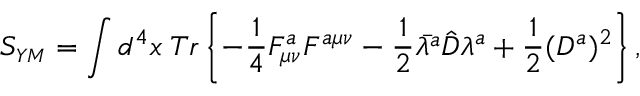
S _ { \scriptscriptstyle Y M } = \int d ^ { 4 } x \; T r \left\{ - \frac { 1 } { 4 } F _ { \mu \nu } ^ { a } F ^ { a \mu \nu } - \frac { 1 } { 2 } \bar { \lambda ^ { a } } \hat { D } \lambda ^ { a } + \frac { 1 } { 2 } ( D ^ { a } ) ^ { 2 } \right\} ,